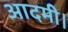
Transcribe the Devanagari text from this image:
आदमी।